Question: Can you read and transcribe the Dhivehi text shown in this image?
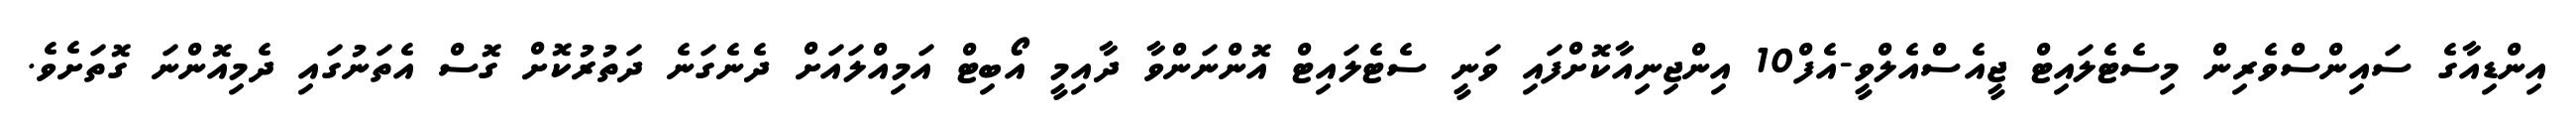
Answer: އިންޑިއާގެ ސައިންސްވެރިން މިސެޓެލައިޓް ޖީއެސްއެލްވީ-އެފް10 އިންޖިނިއާކޮށްފައި ވަނީ ސެޓެލައިޓް އޮންނަންވާ ދާއިމީ އޯބިޓް އަމިއްލައަށް ދެނެގަނެ ދަތުރުކޮށް ގޮސް އެތަނުގައި ދެމިއޮންނަ ގޮތަށެވެ.